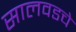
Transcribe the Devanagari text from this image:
सालवडचे